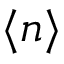
\langle n \rangle